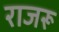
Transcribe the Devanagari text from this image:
राजरू